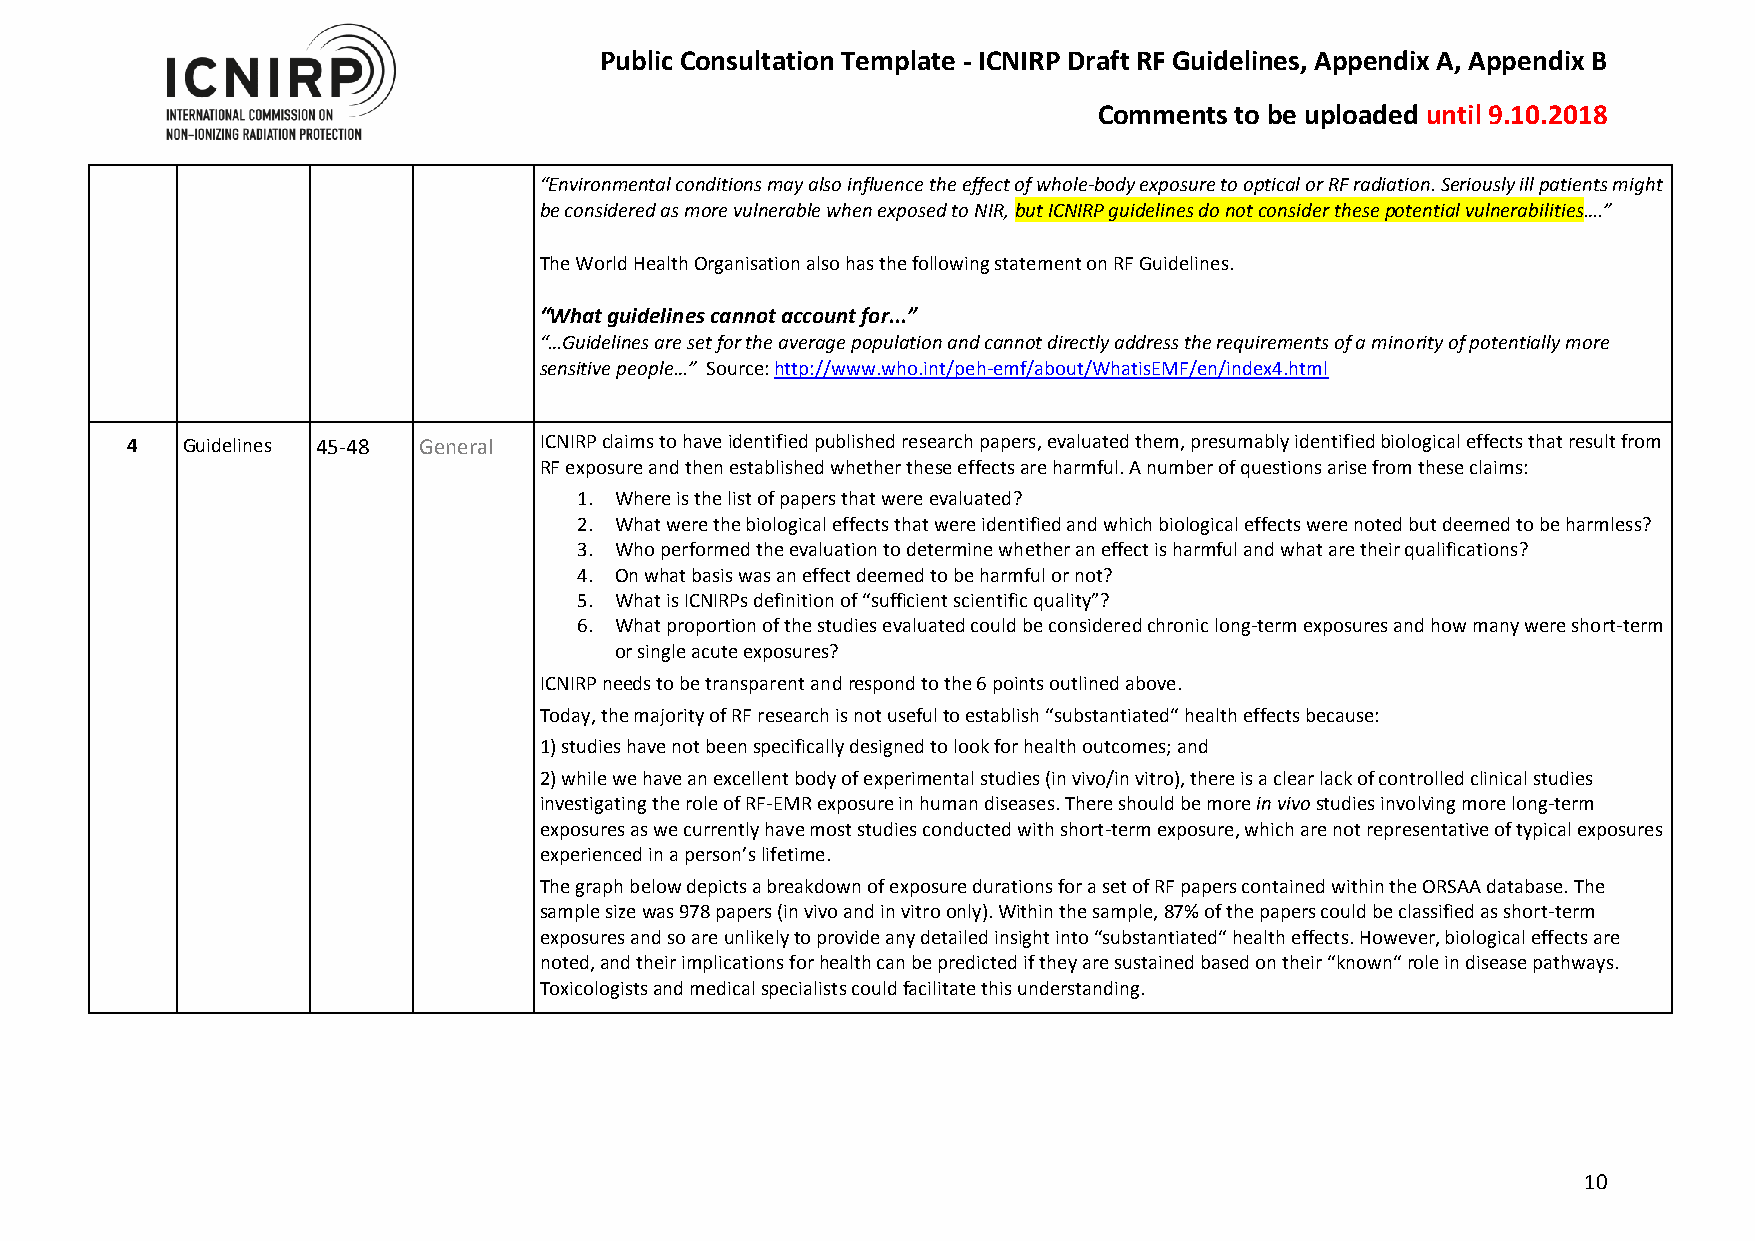
Public Consultation Template - ICNIRP Draft RF Guidelines, Appendix A, Appendix B
 Comments to be uploaded until 9.10.2018
 “Environmental conditions may also influence the effect of whole-body exposure to optical or RF radiation. Seriously ill patients might
 be considered as more vulnerable when exposed to NIR, but ICNIRP guidelines do not consider these potential vulnerabilities….”
 The World Health Organisation also has the following statement on RF Guidelines.
 “What guidelines cannot account for...”
 “…Guidelines are set for the average population and cannot directly address the requirements of a minority of potentially more
 sensitive people…” Source: http://www.who.int/peh-emf/about/WhatisEMF/en/index4.html
 4   Guidelines 45-48 General ICNIRP claims to have identified published research papers, evaluated them, presumably identified biological effects that result from
 RF exposure and then established whether these effects are harmful. A number of questions arise from these claims:
 1. Where is the list of papers that were evaluated?
 2. What were the biological effects that were identified and which biological effects were noted but deemed to be harmless?
 3. Who performed the evaluation to determine whether an effect is harmful and what are their qualifications?
 4. On what basis was an effect deemed to be harmful or not?
 5. What is ICNIRPs definition of “sufficient scientific quality”?
 6. What proportion of the studies evaluated could be considered chronic long-term exposures and how many were short-term
 or single acute exposures?
 ICNIRP needs to be transparent and respond to the 6 points outlined above.
 Today, the majority of RF research is not useful to establish “substantiated“ health effects because:
 1) studies have not been specifically designed to look for health outcomes; and
 2) while we have an excellent body of experimental studies (in vivo/in vitro), there is a clear lack of controlled clinical studies
 investigating the role of RF-EMR exposure in human diseases. There should be more in vivo studies involving more long-term
 exposures as we currently have most studies conducted with short-term exposure, which are not representative of typical exposures
 experienced in a person’s lifetime.
 The graph below depicts a breakdown of exposure durations for a set of RF papers contained within the ORSAA database. The
 sample size was 978 papers (in vivo and in vitro only). Within the sample, 87% of the papers could be classified as short-term
 exposures and so are unlikely to provide any detailed insight into “substantiated“ health effects. However, biological effects are
 noted, and their implications for health can be predicted if they are sustained based on their “known“ role in disease pathways.
 Toxicologists and medical specialists could facilitate this understanding.
 10